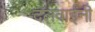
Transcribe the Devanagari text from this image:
दलवाईंनी